Annual report of the Prince of Wales Medical College, Patna
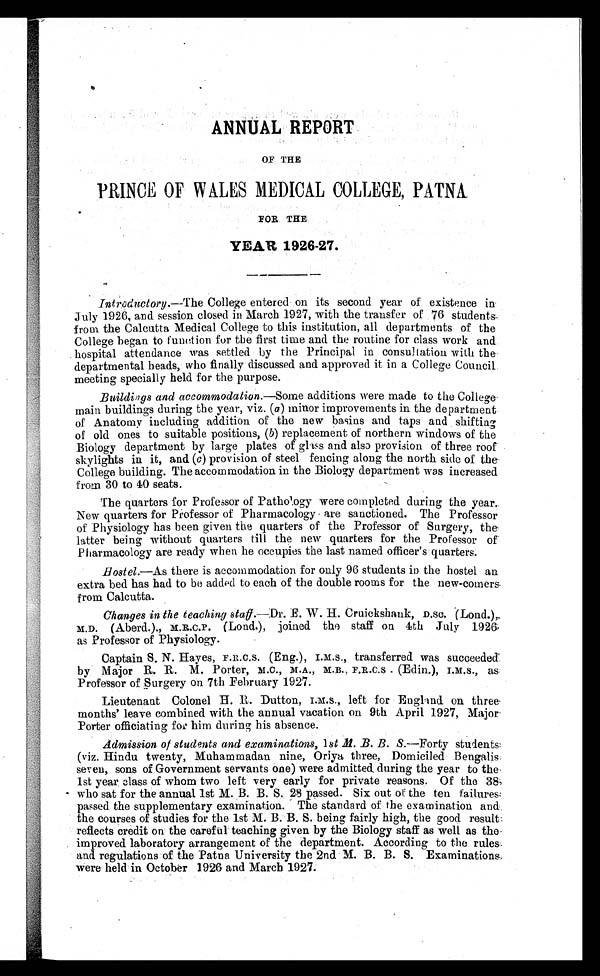
ANNUAL REPORT
OF THE
PRINCE OF WALES MEDICAL COLLEGE, PATNA
FOR THE
YEAR 1926-27.
Introductory .—The College entered on its second year of existence in
July 1926, and session closed in March 1927, with the transfer of 76 students
from the Calcutta Medical College to this institution, all departments of the
College began to function for the first time and the routine for class work and
hospital attendance was settled by the Principal in consultation. with the
departmental heads, who finally discussed and approved it in a College Council
meeting specially held. for the purpose.
Buildings and accommodation .—Some additions were made to the College
main buildings during the year, viz. (a) minor improvements in the department
of Anatomy including addition of the new basins and taps and shifting
of old ones to suitable positions, ( b) replacement of northern windows of the
Biology department by large plates of glass and also provision of three roof
skylights in it, and (c) provision of steel fencing along the north side of the
College building. The accommodation in the Biology department was increased
from 30 to 40 seats.
The quarters for Professor of Pathology were completed during the year.
New quarters for Professor of Pharmacology are sanctioned. The Professor
of Physiology has been given the quarters of the Professor of Surgery, the
latter being without quarters till the new quarters for the Professor of
Pharmacology are ready when he occupies the last named officer's quarters.
Hostel .—As there is accommodation for only 96 students in the hostel an
extra bed has had to be added to each of the double rooms for the new-comers
from Calcutta.
Changes in the teaching staff. —Dr. E. W. H. Cruickshank, D.SC. (Lond.),
M.D. (Aberd.)., M.R.C.P. (Lond.), joined the staff on 4th July 1926
as Professor of Physiology.
Captain S. N. Hayes, F.R.C.S. (Eng.), I.M.S., transferred was succeeded
by Major R. R. M. Porter, M.C., M.A., M.B., F.R.C.S (Edin.), I.M.S., as
Professor of Surgery on 7th February 1927.
Lieutenant Colonel H. R. Dutton, I.M.S., left for England on three
months' leave combined with the annual vacation on 9th April 1927, Major
Porter officiating for him during his absence.
Admission of students and examinations, 1st M. B. B. S.—Forty students
(viz. Hindu twenty, Muhammadan nine, Oriya three, Domiciled Bengalis
seven, sons of Government servants one) were admitted, during the year to the
1st year class of whom two left very early for private reasons. Of the 38
who sat for the annual 1st M. B. B. S. 28 passed. Six out or the ten failures
passed the supplementary examination. The standard of the examination and
the courses of studies for the 1st M. B. B. S. being fairly high, the good result
reflects credit on the careful teaching given by the Biology staff as well as the
improved laboratory arrangement of the department. According to the rules
and regulations of the Patna University the 2nd M. B. B. S. Examinations
were held in October 1926 and March 1927.